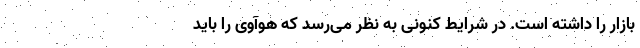
بازار را داشته است. در شرایط کنونی به نظر می‌رسد که هوآوی را باید